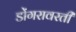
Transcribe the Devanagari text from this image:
डोंगरावरती